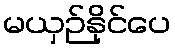
မယှဉ်နိုင်ပေ